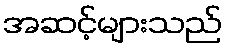
အဆင့်များသည်